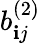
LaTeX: b_{\mathbf{i}j}^{(2)}